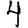
Digit: 4